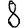
Digit: 8